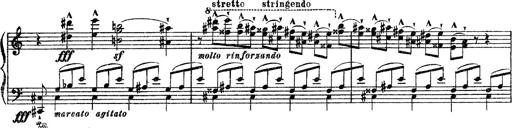
Title: Apparitions
Composer: Franz Liszt